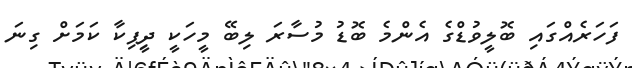
ފަހަރެއްގައި ބޮލީވުޑްގެ އެންމެ ބޮޑު މުސާރަ ލިބޭ މީހަކީ ދީިޕިކާ ކަމަށް ގިނަ